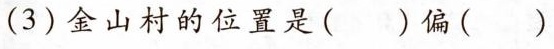
(3)金山村的位置是()偏()